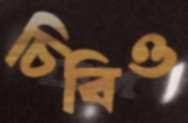
চিবিও